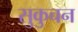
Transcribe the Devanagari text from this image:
सुकुचन